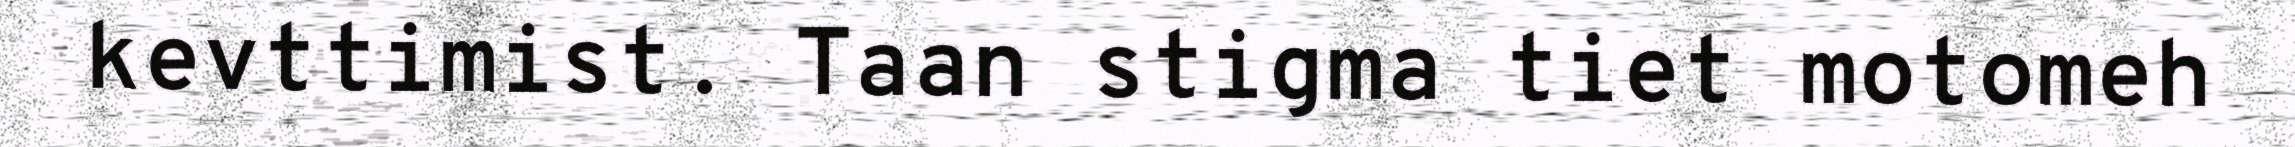
kevttimist. Taan stigma tiet motomeh